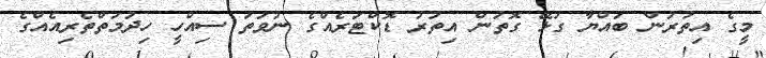
މީގެ އިތުރުން ބައްޔާ ގުޅޭ ގޮތުން އިތުރު ޑޮކްޓަރެއްގެ ނުވަތަ ސިއްހީ ހިދުމަތްތެރިއެއްގެ